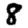
Digit: 8